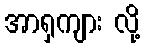
အာရှကျား လို့